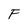
Character: F